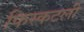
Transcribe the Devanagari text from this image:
फिस्कटली